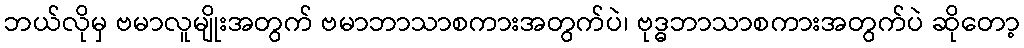
ဘယ်လိုမှ ဗမာလူမျိုးအတွက် ဗမာဘာသာစကားအတွက်ပဲ၊ ဗုဒ္ဓဘာသာစကားအတွက်ပဲ ဆိုတော့